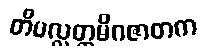
တိပလ္လတ္ထမိဂဇာတက